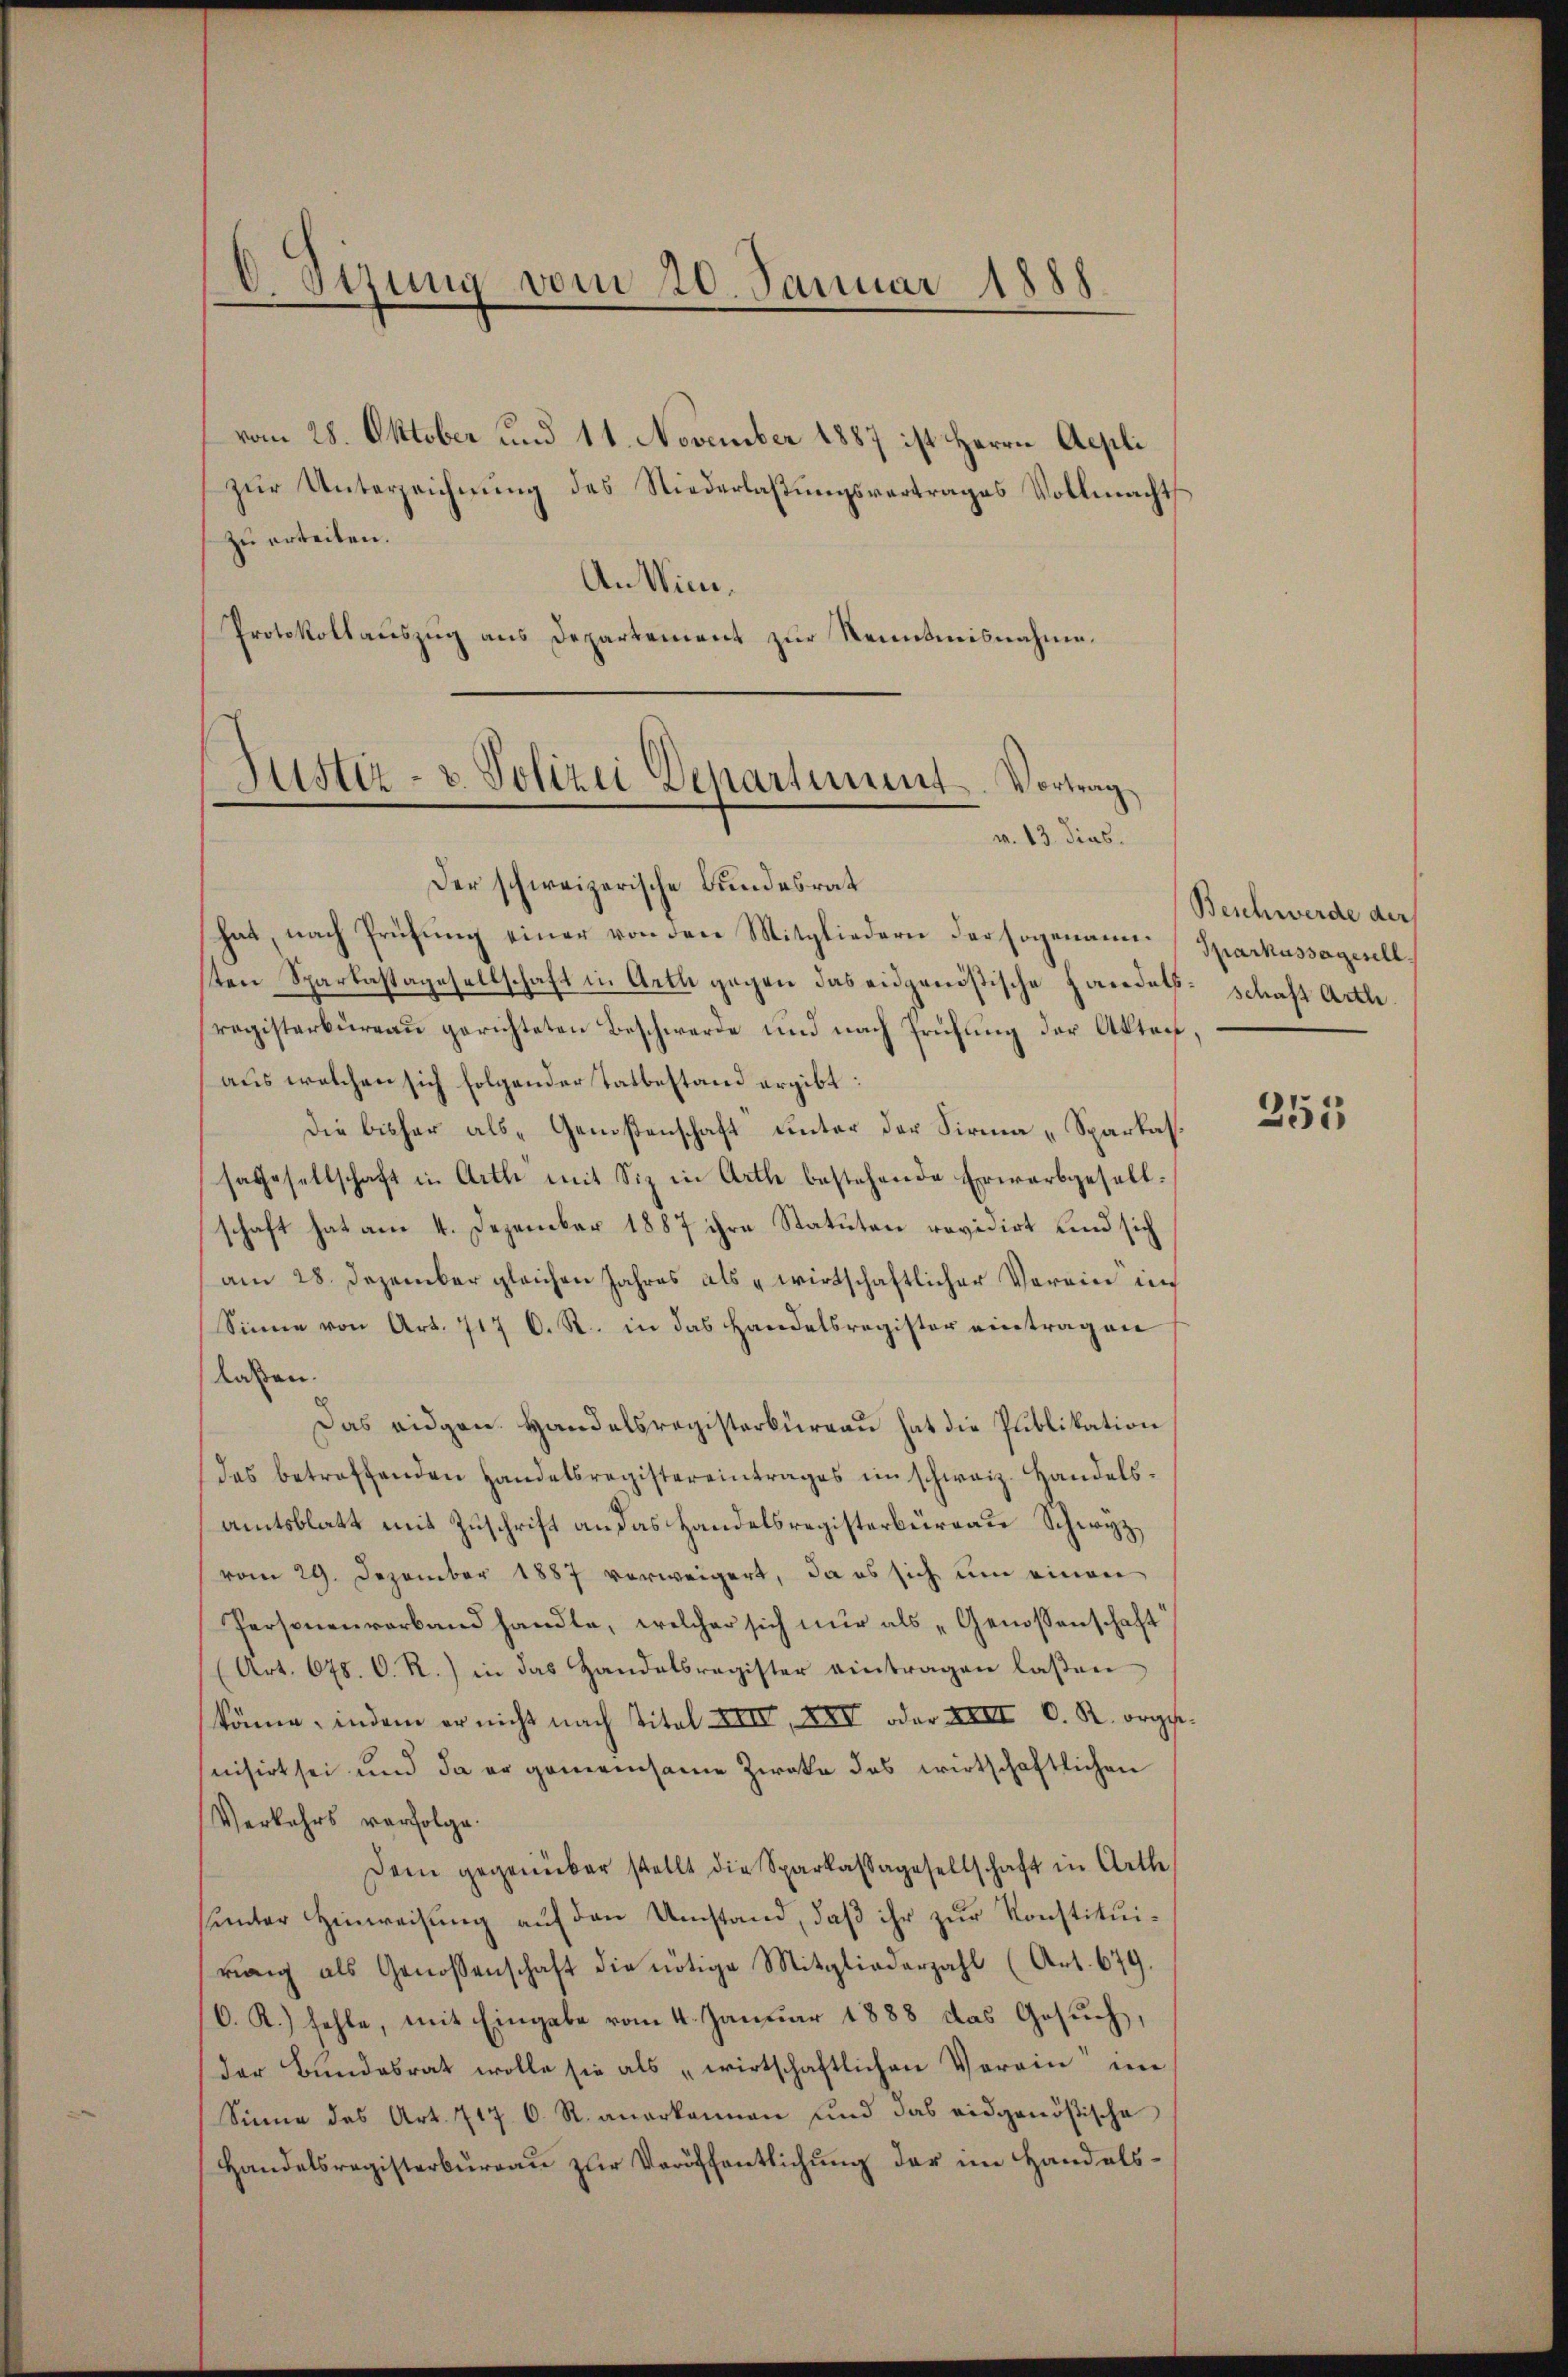
D. Sitzung vom 20. Januar 1888.

vom 28. Oktober und 11. November 1887 ist Herrn Aepli
zur Unterzeichnung des Niederlaßungsvertrages Vollmachts
zu erteilen.
An Win¬
Protokollauszug aus Departement zur Kenntnisnahme.

Justiz- u. Polizei Denartiment. Vortrag
v. 13. dies

Der schweizerische Bundesrat
hat, nach Prüfung einer von den Mitgliedern der sogenannsten Sparkastagesellschaft in Arth gegen das eidgenößische Handels- Schaft Arthe
registerbureau gerichteten Beschwerde und nach Prüfung der Akten,
aus welchen sich folgender Tatbestand ergibt:
Die bisher als „Genoßenschaft unter der Firma „Sparkassagesellschaft in Artli mit Siz in Arth bestehende Erwarbgesellschaft hat am 4. Dezember 1887 ihre Statuten revidirt und sich
am 28. Dezember gleichen Jahres als „wirtschaftlicher Verein in
Sinne von Art. 717 C. R. in das Handelsregister eintragen
laben.
Das eidgen. Handelsregisterbureau hat die Publikation
das betreffenden Handelsregistereintrages im schweiz. Handelsamtsblatt mit Zuschrift an das Handelsregisterbürgau Schwyz,
vom 29. Dezember 1887 verweigert, da es sich um einen
Personenverband handle, welcher sich nŭr als „Genossenschaft
(Art. 678. C. R.) in das Handelsregister eintragen lassen
könne, indem er nicht nach Titel XIII, XIV oder XVIII C. R. orgesnisirt sei und da er gemeinsame Zweke das wirtschaftlichen
Verkehrs verfolge.
Dem gegenüber stellt die Sparkassagesellschaft in Arth
sunter Hinweisung auf den Umstand, daß ihr zur Konstituirang als Genossenschaft die nötige Mitgliederzahl (Art. 679.
C. R.) fehle, mit Eingabe vom 4. Januar 1888 das Gesuch,
der Bundesrat wolle sie als „wirtschaftlichen Verein im
Sinne des Art. 717. C. R. anerkannen und das eidgenößische
Handelsregisterburgau zur Veröffentlichung der im Handels¬

Beschwerde der
Sparkassageschl

251